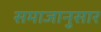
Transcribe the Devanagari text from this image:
समाजानुसार